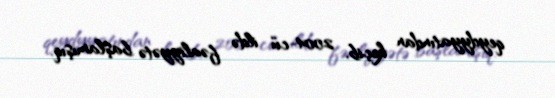
qeydyyatından keçib, 2004-cü ildə fəaliyyətə başlamışıq.